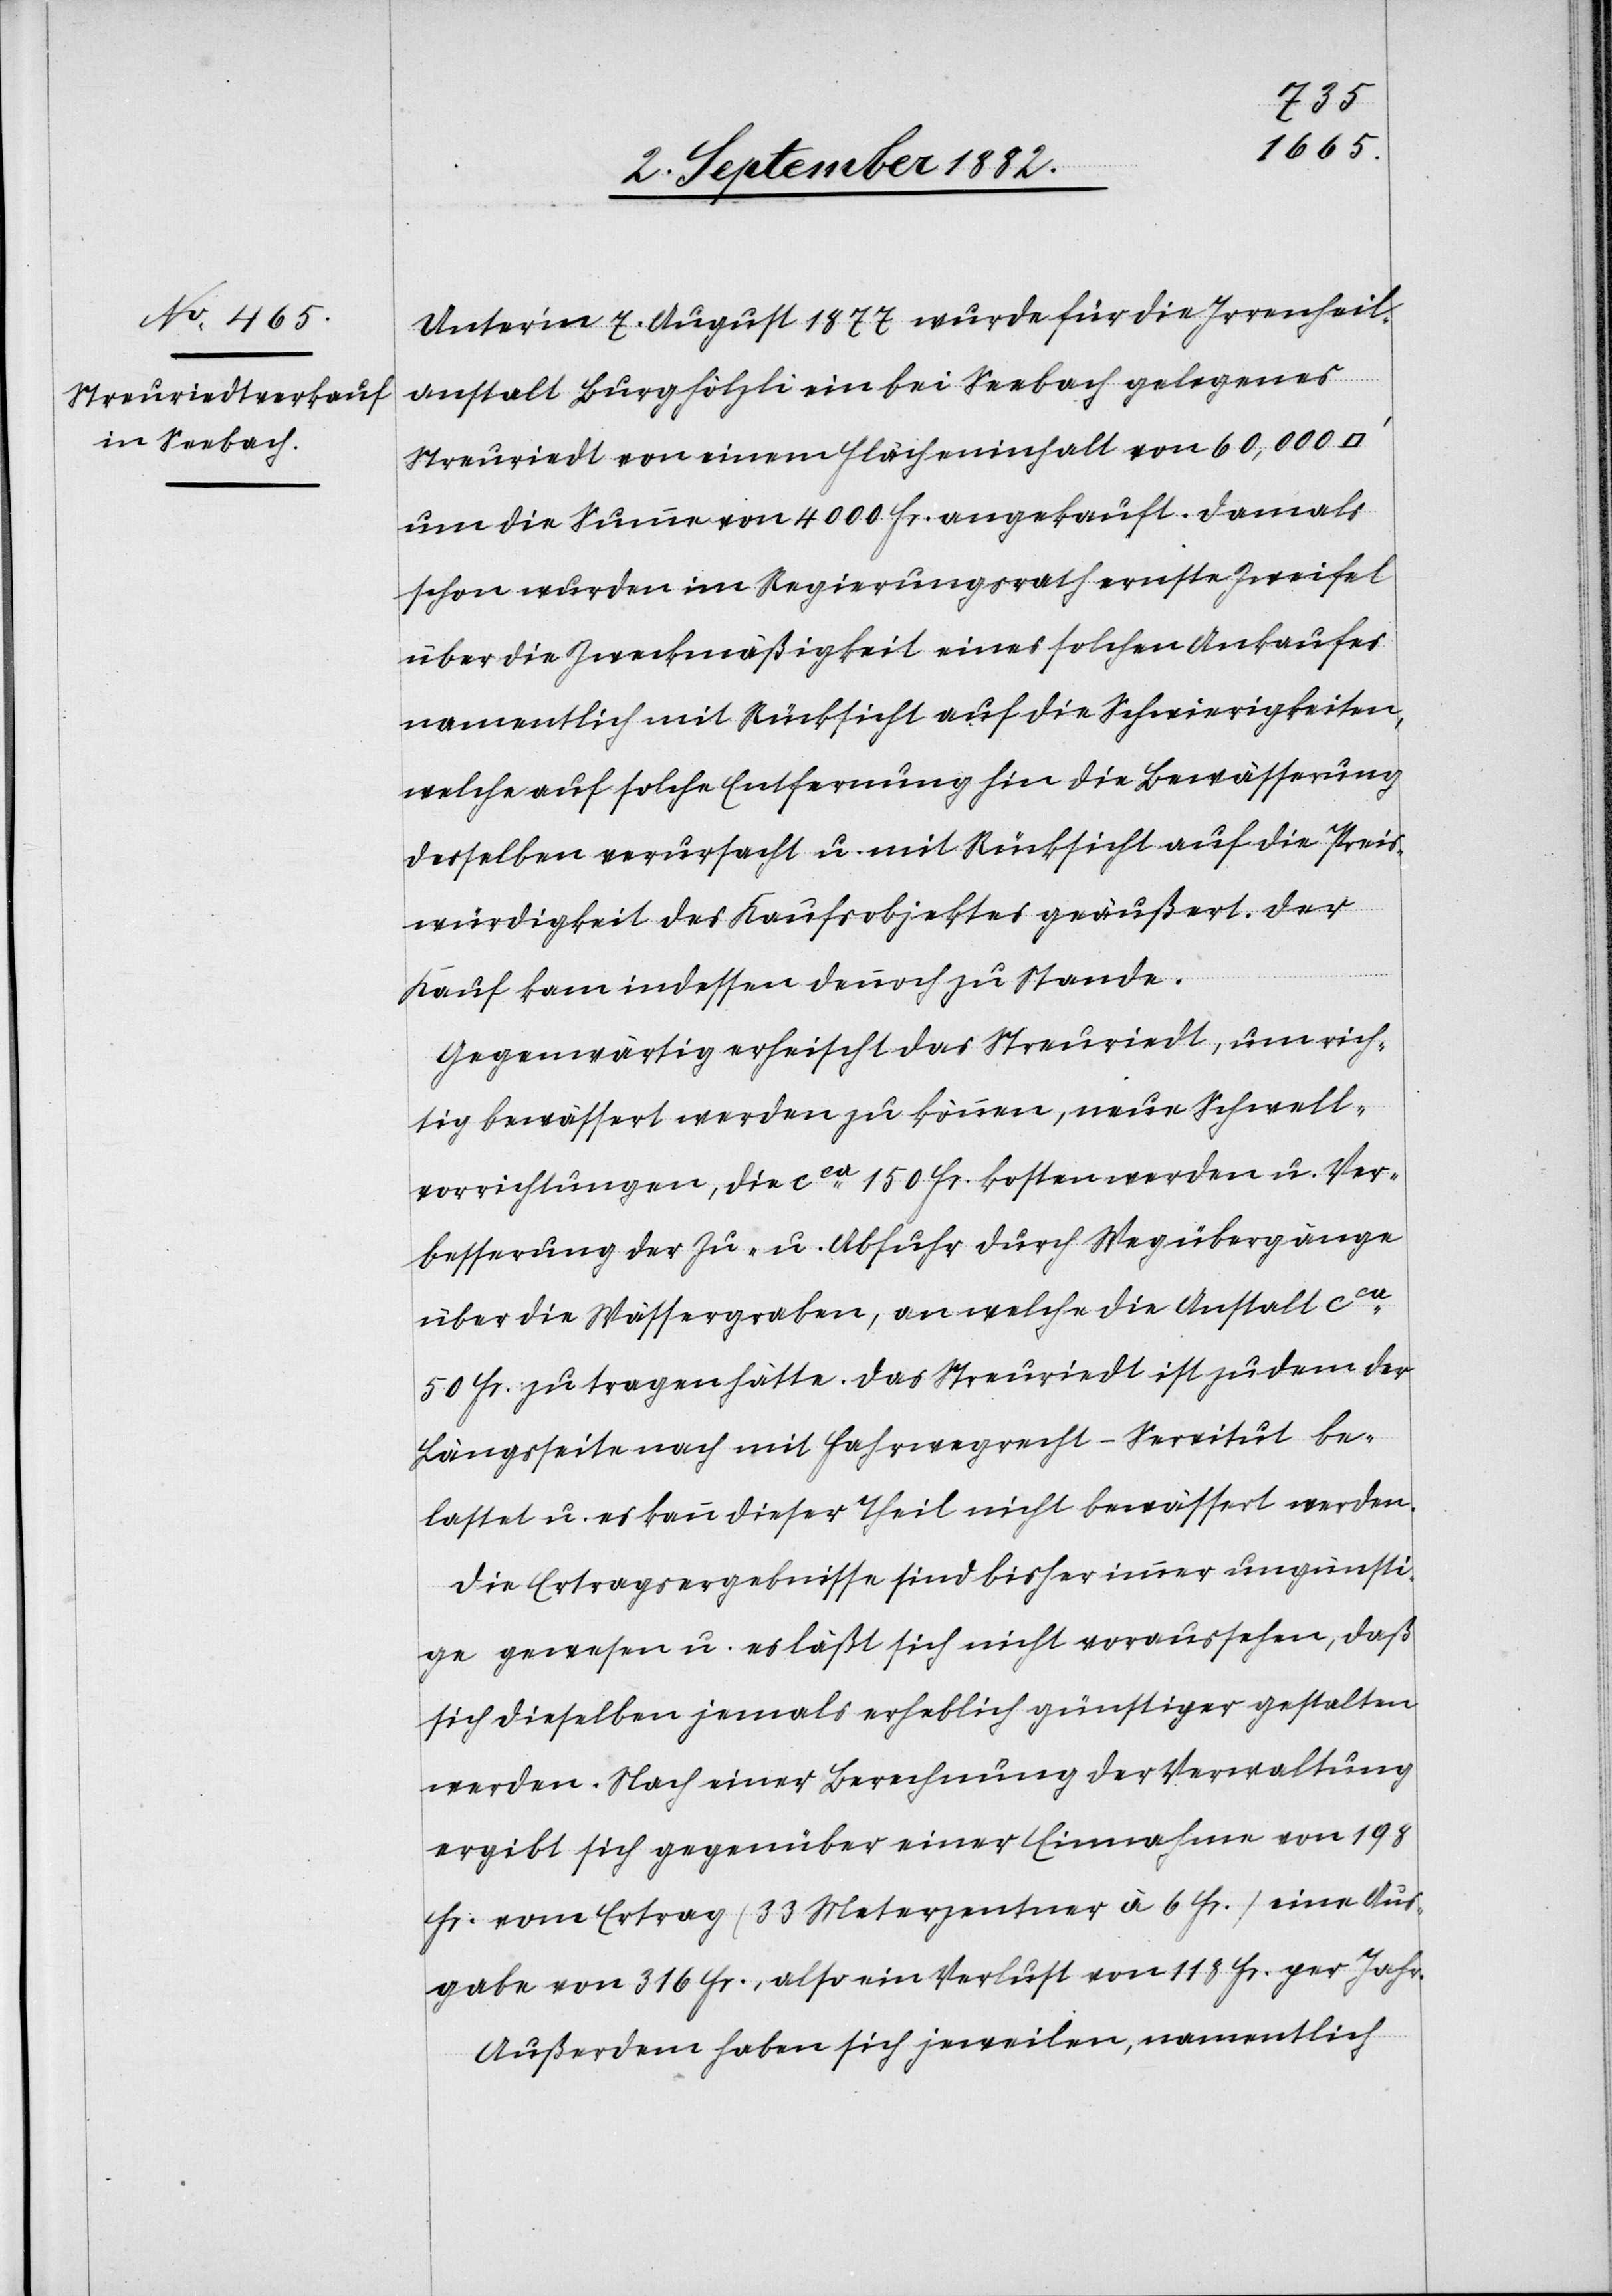
Unter’m 7. August wurde für die Irrenheil¬
anstalt Burghölzli ein bei Seebach gelegenes
Streuriedt von einem Flächeninhalt von 60,000
um die Summe von 4000 Fr. angekauft. Damals
schon wurden im Regierungsrath ernste Zweifel
über die Zweckmäßigkeit eines solchen Ankaufes
namentlich mit Rücksicht auf die Schwierigkeiten,
welche auf solche Entfernung hin die Bewässerung
desselben verursacht u. mit Rücksicht auf die Preis¬
würdigkeit des Kaufsobjektes geäußert. Der
Kauf kam indessen dennoch zu Stande.
Gegenwärtig erheischt das Streuriedt, um rich¬
tig bewässert werden zu können, neue Schwell¬
vorrichtungen, die ca 150 Fr. kosten werden u. Ver¬
besserung der Zu- u. Abfuhr durch Wegübergänge
über die Wässergraben, an welche die Anstalt ca
50 Fr. zu tragen hätte. Das Streuriedt ist zu dem der
Längsseite nach mit Fahrwegrecht-Servitut be¬
lastet u. es kann dieser Theil nicht bewässert werden.
Die Ertragsergebnisse sind bisher immer ungünsti¬
ge gewesen u. es läßt sich nicht voraussehen, daß
sich dieselben jemals erheblich günstiger gestalten
werden. Nach einer Berechnung der Verwaltung
ergibt sich gegenüber einer Einnahme von 198
Fr. vom Ertrag (33 Meterzentner à 6 Fr.) eine Aus¬
gabe von 316 Fr., also ein Verlust von 118 Fr. per Jahr.
Außerdem haben sich jeweilen, namentlich